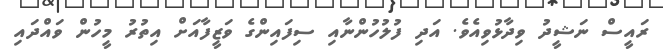
ރައީސް ނަޝީދު ވިދާޅުވިއެވެ. އަދި ފުލުހުންނާއި ސިފައިންގެ ވަޒީފާއަށް އިތުރު މީހުން ވައްދައި